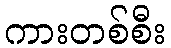
ကားတစ်စီး